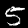
Label: 5